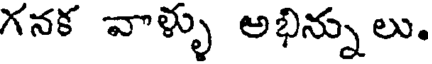
గనక వాళ్ళు అభిన్నులు.